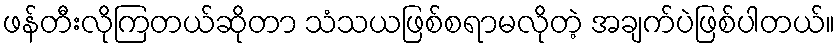
ဖန်တီးလိုကြတယ်ဆိုတာ သံသယဖြစ်စရာမလိုတဲ့ အချက်ပဲဖြစ်ပါတယ်။